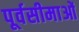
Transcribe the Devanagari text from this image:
पूर्वसीमाओं